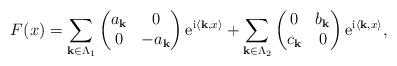
LaTeX: \begin{align*}F(x)=\sum_{{\bf k}\in \Lambda_{1}} \begin{pmatrix}a_{\bf k}&0\\0&-a_{\bf k}\end{pmatrix}{\rm e}^{{\rm i}\langle{\bf k},x\rangle} + \sum_{{\bf k}\in \Lambda_{2}} \begin{pmatrix}0&b_{\bf k}\\c_{\bf k}&0\end{pmatrix}{\rm e}^{{\rm i}\langle{\bf k},x\rangle},\end{align*}